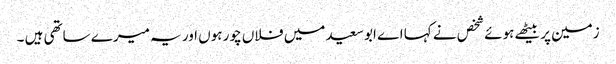
زمین پر بیٹھے ہوئے شخص نے کہا اے ابو سعید میں فلاں چور ہوں اور یہ میرے ساتھی ہیں ۔